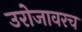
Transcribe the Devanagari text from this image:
उरोजावरच